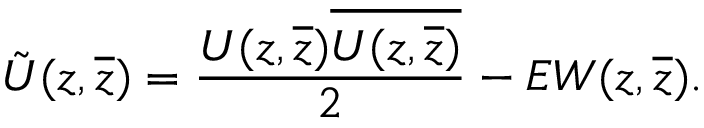
\tilde { U } ( z , \overline { { { z } } } ) = \frac { U ( z , \overline { { { z } } } ) \overline { { { U ( z , \overline { { { z } } } ) } } } } { 2 } - E W ( z , \overline { { { z } } } ) .